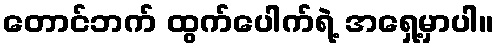
တောင်ဘက် ထွက်ပေါက်ရဲ့ အရှေ့မှာပါ။